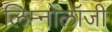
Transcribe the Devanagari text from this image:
लिम्नोलॉजी